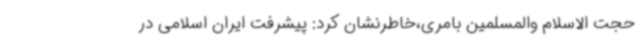
حجت الاسلام والمسلمین بامری،خاطرنشان کرد: پیشرفت ایران اسلامی در